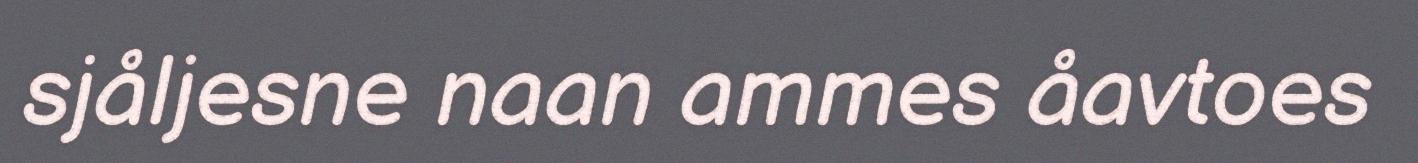
sjåljesne naan ammes åavtoes